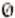
0